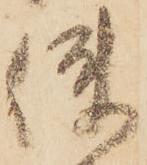
使